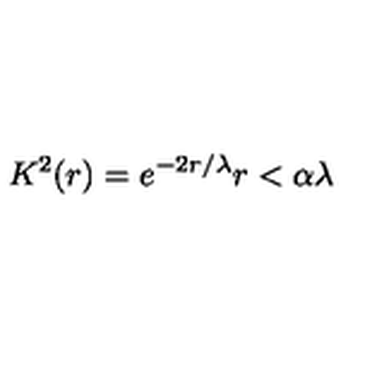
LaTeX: K ^ { 2 } ( r ) = e ^ { - 2 r / \lambda } r < \alpha \lambda